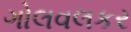
ગોલવલકર